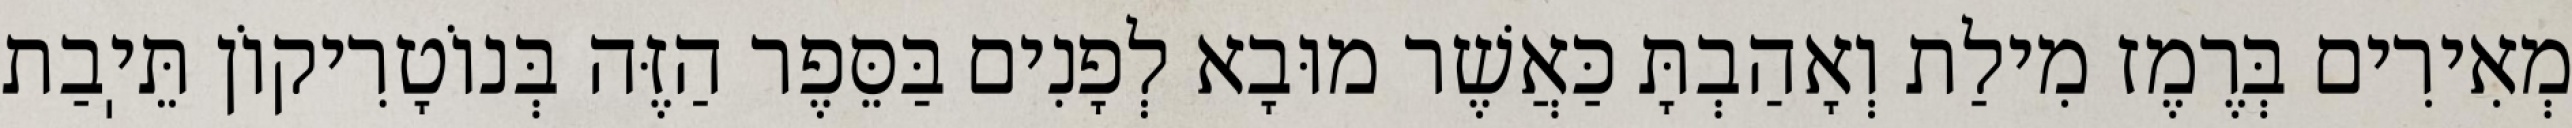
מְאִירִים בְּרֶמֶז מִילַת וְאָהַבְתָּ כַּאֲשֶׁר מוּבָא לְפָנִים בַּסֵּפֶר הַזֶּה בְּנוֹטָרִיקוֹן תֵּיֽבַת